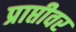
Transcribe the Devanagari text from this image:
प्राप्तीवर